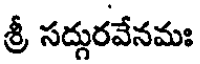
శ్రీ సద్దురవేనమః